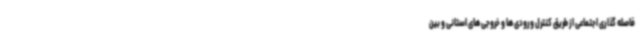
فاصله گذاری اجتماعی از طریق کنترل ورودی ها و خروجی های استانی و بین